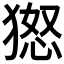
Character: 𱮐